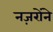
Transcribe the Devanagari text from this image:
नज़रोंने